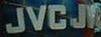
JAVJ